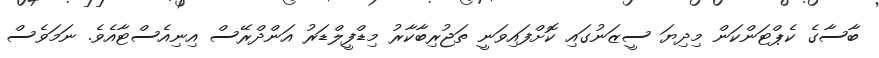
ބާސާގެ ކެޕްޓަންކަން މިދިޔަ ސީޒަނުގައި ކޮށްފައިވަނީ ތަޖުރިބާކާރު މިޑްފީލްޑަރު އަންދްރޭސް އިނިއެސްޓާއެވެ. ނަމަވެސް